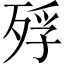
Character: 殍